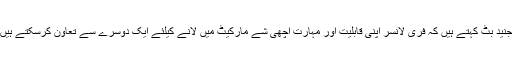
جنید بٹ کہتے ہیں کہ فری لانسر اپنی قابلیت اور مہارت اچھی شے مارکیٹ میں لانے کیلئے ایک دوسرے سے تعاون کرسکتے ہیں۔